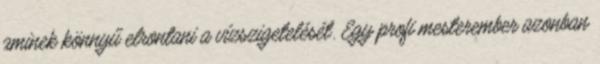
aminek könnyű elrontani a vízszigetelését. Egy profi mesterember azonban